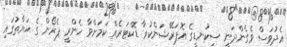
އެދުވަސް ވެގެންދަނީ ސިކުނޑީގެ އޮޕަރޭޝަންކުރާ ޑޮކްޓަރެއް ކަމަށްވާ ހެންރީ ޕެރޯން ގެ ޙަޔާތުގައި